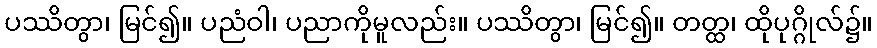
ပဿိတွာ၊ မြင်၍။ ပညံဝါ၊ ပညာကိုမူလည်း။ ပဿိတွာ၊ မြင်၍။ တတ္ထ၊ ထိုပုဂ္ဂိုလ်၌။